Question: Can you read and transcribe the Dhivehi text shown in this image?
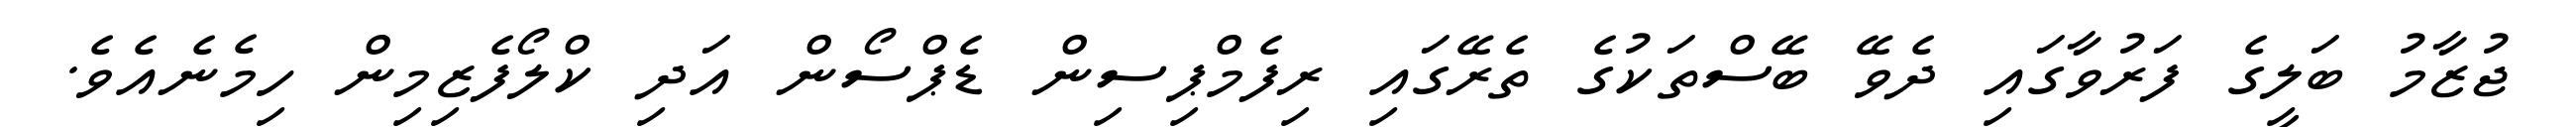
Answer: ޖުޒާމު ބަލީގެ ފަރުވާގައި ދެވޭ ބޭސްތަކުގެ ތެރޭގައި ރިފެމްޕިސިން ޑެޕްސޯން އަދި ކްލޯފެޒިމިން ހިމެނެއެވެ.